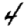
Digit: 4